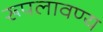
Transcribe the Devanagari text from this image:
रूपलावण्य